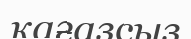
қағазсыз